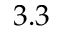
3 . 3